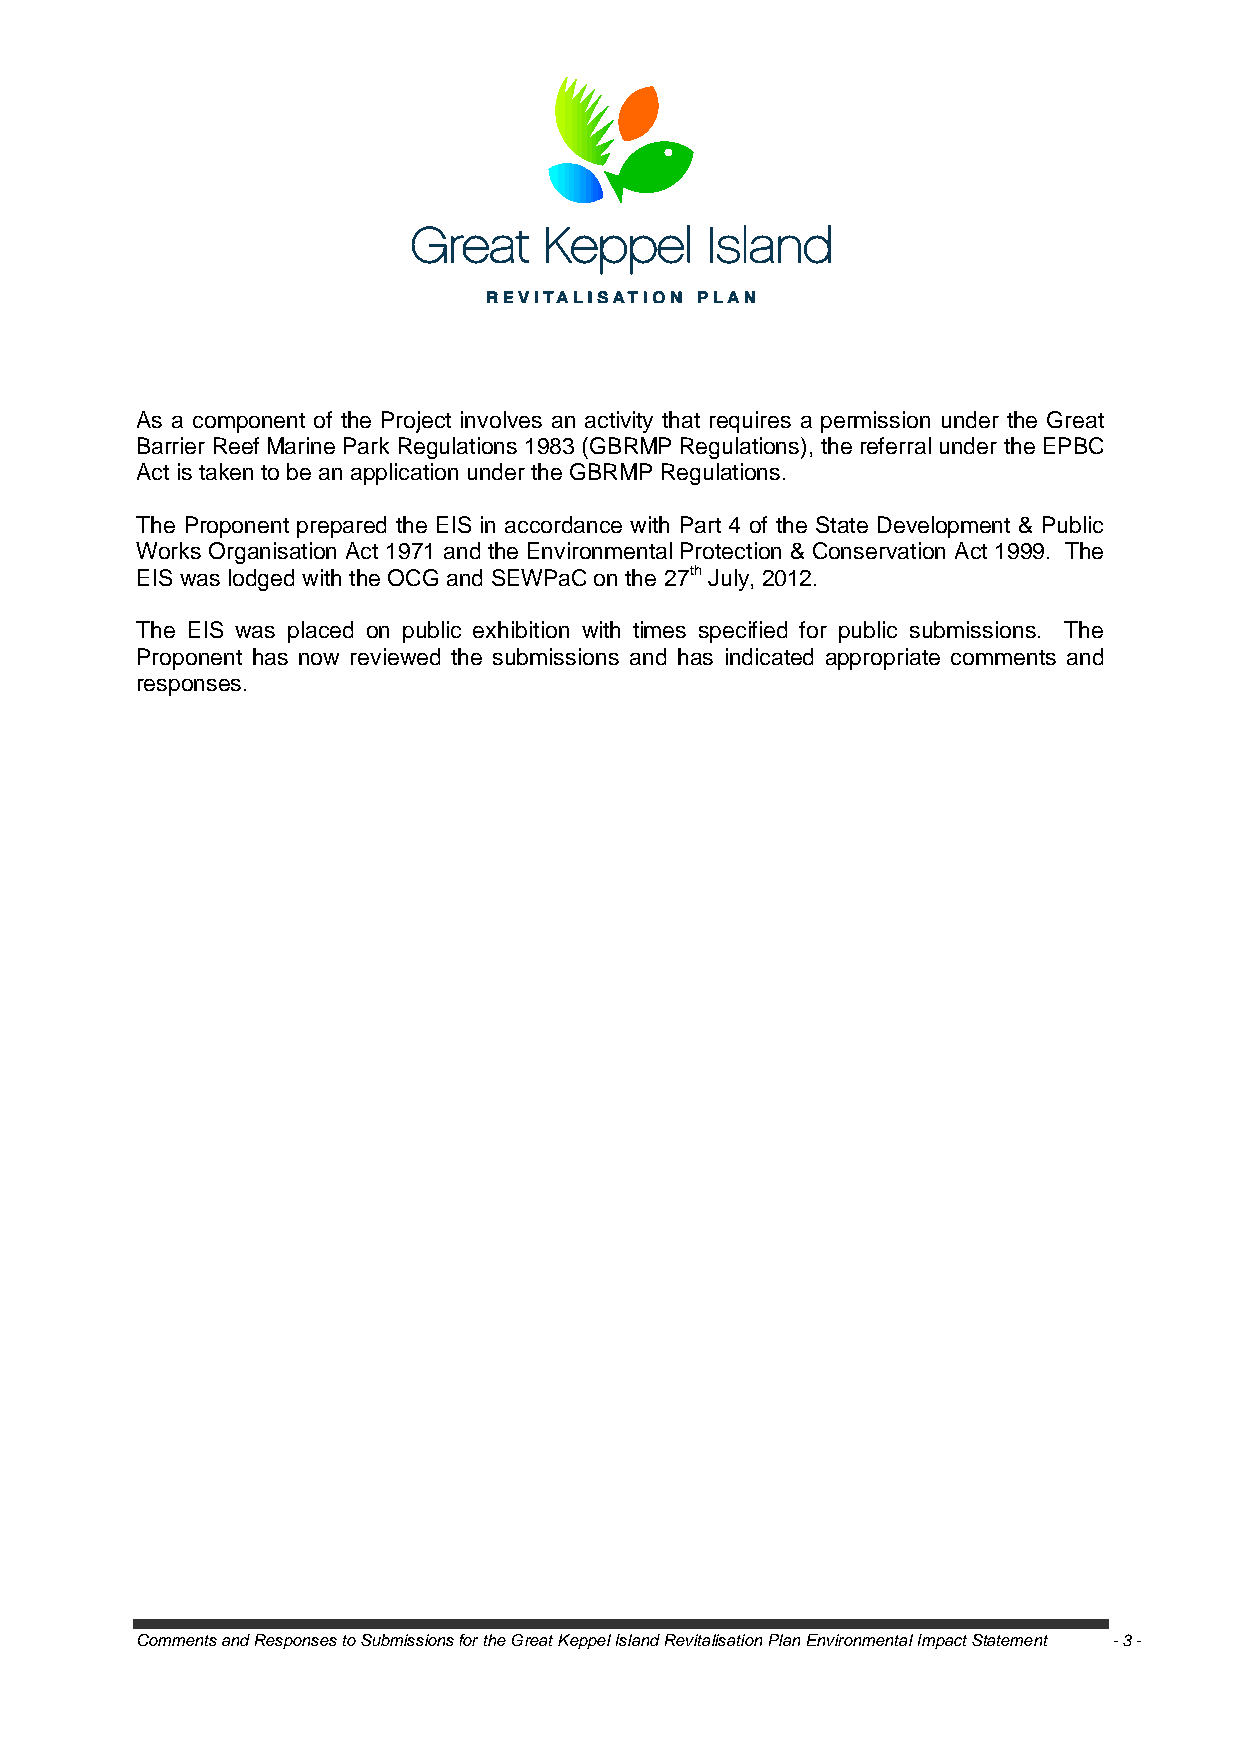
As a component of the Project involves an activity that requires a permission under the Great
 Barrier Reef Marine Park Regulations 1983 (GBRMP Regulations), the referral under the EPBC
 Act is taken to be an application under the GBRMP Regulations.
 The Proponent prepared the EIS in accordance with Part 4 of the State Development & Public
 Works Organisation Act 1971 and the Environmental Protection & Conservation Act 1999. The
 EIS was lodged with the OCG and SEWPaC on the 27th July, 2012.
 The EIS was placed on public exhibition with times specified for public submissions. The
 Proponent has now reviewed the submissions and has indicated appropriate comments and
 responses.
 Comments and Responses to Submissions for the Great Keppel Island Revitalisation Plan Environmental Impact Statement - 3 -